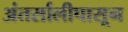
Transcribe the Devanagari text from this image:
अंतर्सालीपासून